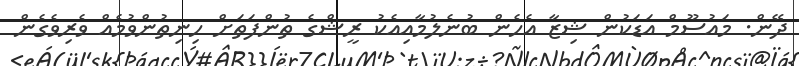
ދޭން. މައުސޫމް އަޑަކުން ޝިޒާ އެހެން ބުނެލުމާއިއެކު ރީޝްގެ ތުންފަތަށް ހިނިތުންވުމެއް ވެރިވެގެން